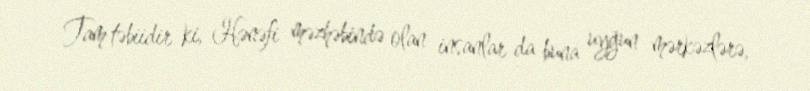
Tam təbiidir ki, Hənəfi məzhəbində olan insanlar da buna uyğun mərkəzlərə,